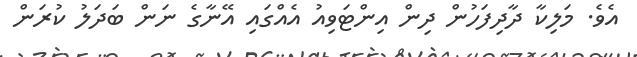
އެވެ. މަލިކާ ދާދިފަހުން ދިން އިންޓަވިއު އެއްގައި އޭނާގެ ނަން ބަދަލު ކުރަން